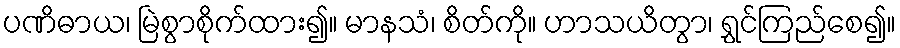
ပဏိဓာယ၊ မြဲစွာစိုက်ထား၍။ မာနသံ၊ စိတ်ကို။ ဟာသယိတွာ၊ ရွှင်ကြည်စေ၍။